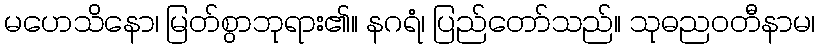
မဟေသိနော၊ မြတ်စွာဘုရား၏။ နဂရံ၊ ပြည်တော်သည်။ သုဓညဝတီနာမ၊